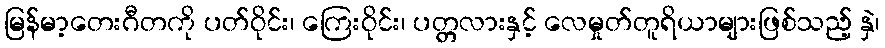
မြန်မာ့တေးဂီတကို ပတ်ဝိုင်း၊ ကြေးဝိုင်း၊ ပတ္တလားနှင့် လေမှုတ်တူရိယာများဖြစ်သည့် နှဲ၊